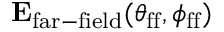
\mathbf { E } _ { \mathrm { f a r - f i e l d } } ( \theta _ { \mathrm { f f } } , \phi _ { \mathrm { f f } } )